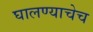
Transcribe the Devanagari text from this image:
घालण्याचेच